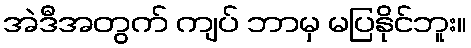
အဲဒီအတွက် ကျပ် ဘာမှ မပြနိုင်ဘူး။